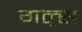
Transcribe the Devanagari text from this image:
गल्र्स